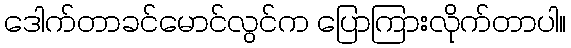
ဒေါက်တာခင်မောင်လွင်က ပြောကြားလိုက်တာပါ။